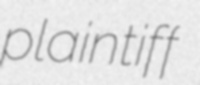
plaintiff